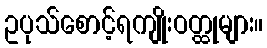
ဥပုသ်စောင့်ရကျိုးဝတ္ထုများ။